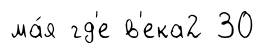
ма́я гд'е в'ека2 30